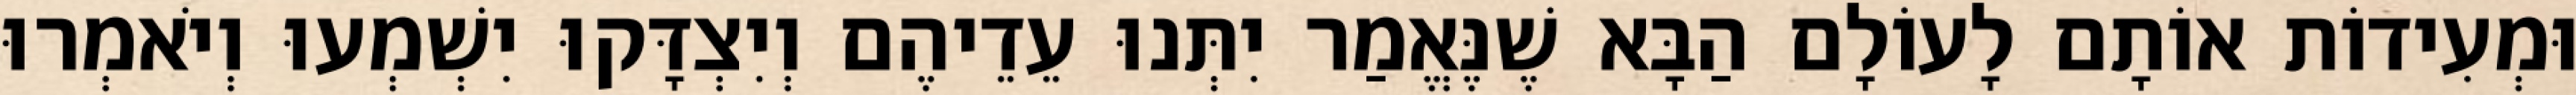
וּמְעִידוֹת אוֹתָם לָעוֹלָם הַבָּא שֶׁנֶּאֱמַר יִתְּנוּ עֵדֵיהֶם וְיִצְדָּקוּ יִשְׁמְעוּ וְיֹאמְרוּ